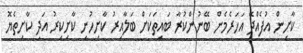
ކާށިން އުފެއްދޭ އަހަރެމެން ބޭނުންކުރާ ބައިތަކަށް ބަލާއިރު ކާށިހުނި ކާށިކިރު އަދި ކާށިތެޔޮ